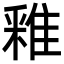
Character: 䧽